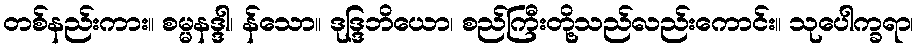
တစ်နည်းကား။ စမ္မနဒ္ဒါ၊ န်သော။ ဒုဒ္ဒြဘိယော၊ စည်ကြီးတို့သည်လည်းကောင်း။ သုပေါက္ခရာ၊